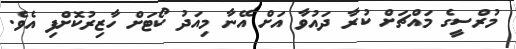
މުރްސީގެ މައްޗަށް ކުރާ ދައުވާ އަށް އޭނާ މިއަދު ކޯޓަށް ހާޒިރުކޮށްފި އެވެ.